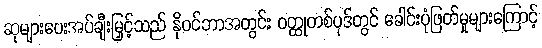
ဆုများပေးအပ်ချီးမြှင့်သည် နိုဝင်ဘာအတွင်း ဝတ္ထုတစ်ပုဒ်တွင် ခေါင်းပုံဖြတ်မှုများကြောင့်